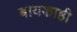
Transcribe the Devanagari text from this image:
बायकाही